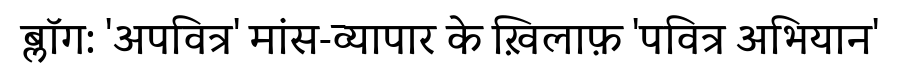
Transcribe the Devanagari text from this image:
ब्लॉग: 'अपवित्र' मांस-व्यापार के ख़िलाफ़ 'पवित्र अभियान'